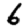
Digit: 6